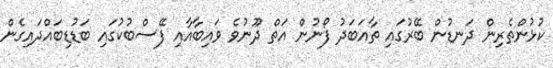
ކުޅުންތެރިން ދަނޑުން ބޭރުގައި ތާއަބަދު ފޯނުން އަތް ދޫނުވެ ވައިބާއާއި ފޭސްބުކުގައި ބަޑުޑިބައްދައިގެން